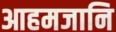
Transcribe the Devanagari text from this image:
आहमजानि